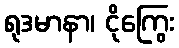
ရုဒမာနာ၊ ငိုကြွေး